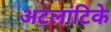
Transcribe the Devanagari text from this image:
अटलांटिके